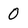
Character: O